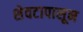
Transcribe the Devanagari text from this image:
शेवटापासून